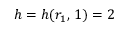
h = h ( r _ { 1 } , \, 1 ) = 2